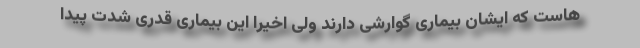
هاست که ایشان بیماری گوارشی دارند ولی اخیرا این بیماری قدری شدت پیدا